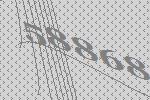
58868